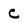
Character: C